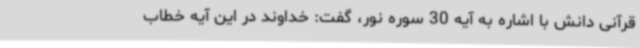
قرآنی دانش با اشاره به آیه 30 سوره نور، گفت: خداوند در این آیه خطاب